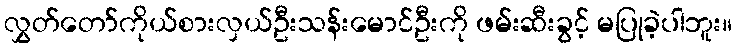
လွှတ်တော်ကိုယ်စားလှယ်ဦးသန်းမောင်ဦးကို ဖမ်းဆီးခွင့် မပြုခဲ့ပါဘူး။